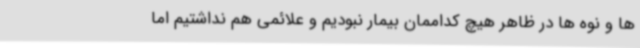
ها و نوه ها در ظاهر هیچ کداممان بیمار نبودیم و علائمی هم نداشتیم اما